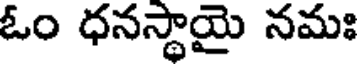
ఓం ధనస్థాయై నమః